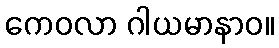
ကေဝလာ ဂါယမာနာဝ။